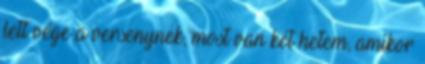
lett vége a versenynek, most van két hetem, amikor